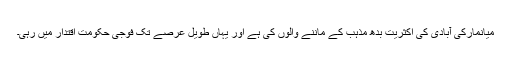
میانمارکی آبادی کی اکثریت بدھ مذہب کے ماننے والوں کی ہے اور یہاں طویل عرصے تک فوجی حکومت اقتدار میں رہی۔